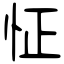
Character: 怔